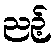
ညဉ့်